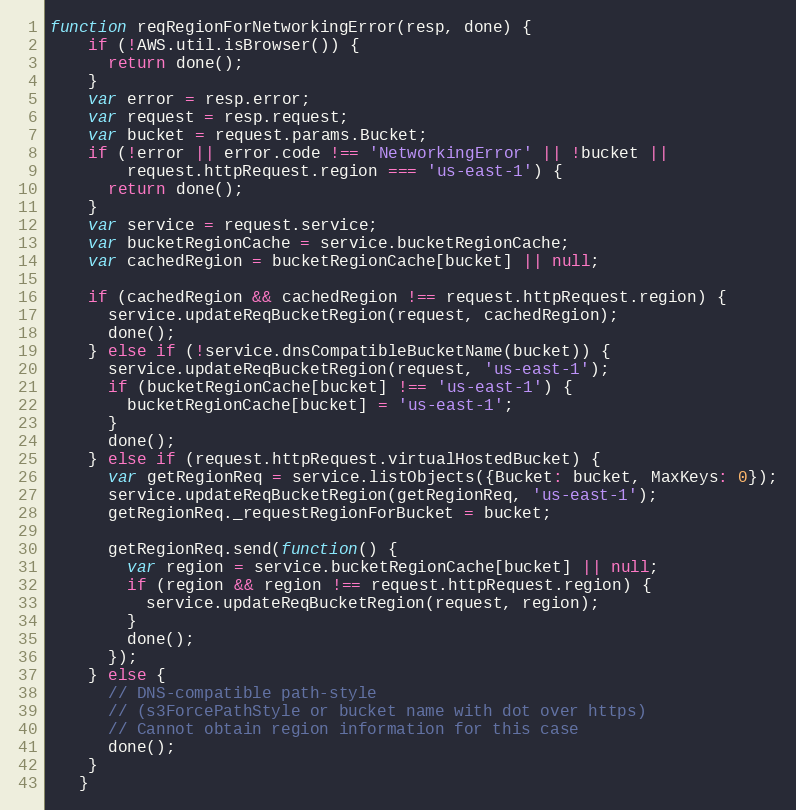
Language: JavaScript
function reqRegionForNetworkingError(resp, done) {
    if (!AWS.util.isBrowser()) {
      return done();
    }
    var error = resp.error;
    var request = resp.request;
    var bucket = request.params.Bucket;
    if (!error || error.code !== 'NetworkingError' || !bucket ||
        request.httpRequest.region === 'us-east-1') {
      return done();
    }
    var service = request.service;
    var bucketRegionCache = service.bucketRegionCache;
    var cachedRegion = bucketRegionCache[bucket] || null;

    if (cachedRegion && cachedRegion !== request.httpRequest.region) {
      service.updateReqBucketRegion(request, cachedRegion);
      done();
    } else if (!service.dnsCompatibleBucketName(bucket)) {
      service.updateReqBucketRegion(request, 'us-east-1');
      if (bucketRegionCache[bucket] !== 'us-east-1') {
        bucketRegionCache[bucket] = 'us-east-1';
      }
      done();
    } else if (request.httpRequest.virtualHostedBucket) {
      var getRegionReq = service.listObjects({Bucket: bucket, MaxKeys: 0});
      service.updateReqBucketRegion(getRegionReq, 'us-east-1');
      getRegionReq._requestRegionForBucket = bucket;

      getRegionReq.send(function() {
        var region = service.bucketRegionCache[bucket] || null;
        if (region && region !== request.httpRequest.region) {
          service.updateReqBucketRegion(request, region);
        }
        done();
      });
    } else {
      // DNS-compatible path-style
      // (s3ForcePathStyle or bucket name with dot over https)
      // Cannot obtain region information for this case
      done();
    }
   }